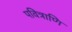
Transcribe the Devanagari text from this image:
पवित्राणि